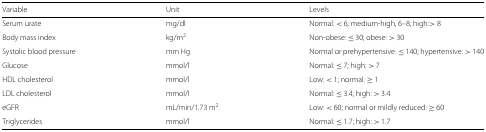
<table><thead><tr><td><b>Variable</b></td><td><b>Unit</b></td><td><b>Levels</b></td></tr></thead><tbody><tr><td>Serum urate</td><td>mg/dl</td><td>Normal: &lt; 6; medium-high, 6–8; high: &gt; 8</td></tr><tr><td>Body mass index</td><td>kg/ m<sup>2</sup></td><td>Non-obese: ≤ 30; obese: &gt; 30</td></tr><tr><td>Systolic blood pressure</td><td>mm Hg</td><td>Normal or prehypertensive: ≤ 140; hypertensive: &gt; 140</td></tr><tr><td>Glucose</td><td>mmol/l</td><td>Normal: ≤ 7; high: &gt; 7</td></tr><tr><td>HDL cholesterol</td><td>mmol/l</td><td>Low: &lt; 1; normal: ≥ 1</td></tr><tr><td>LDL cholesterol</td><td>mmol/l</td><td>Normal: ≤ 3.4; high: &gt; 3.4</td></tr><tr><td>eGFR</td><td>mL/min/1.73 m<sup>2</sup></td><td>Low: &lt; 60; normal or mildly reduced: ≥ 60</td></tr><tr><td>Triglycerides</td><td>mmol/l</td><td>Normal: ≤ 1.7; high: &gt; 1.7</td></tr></tbody></table>